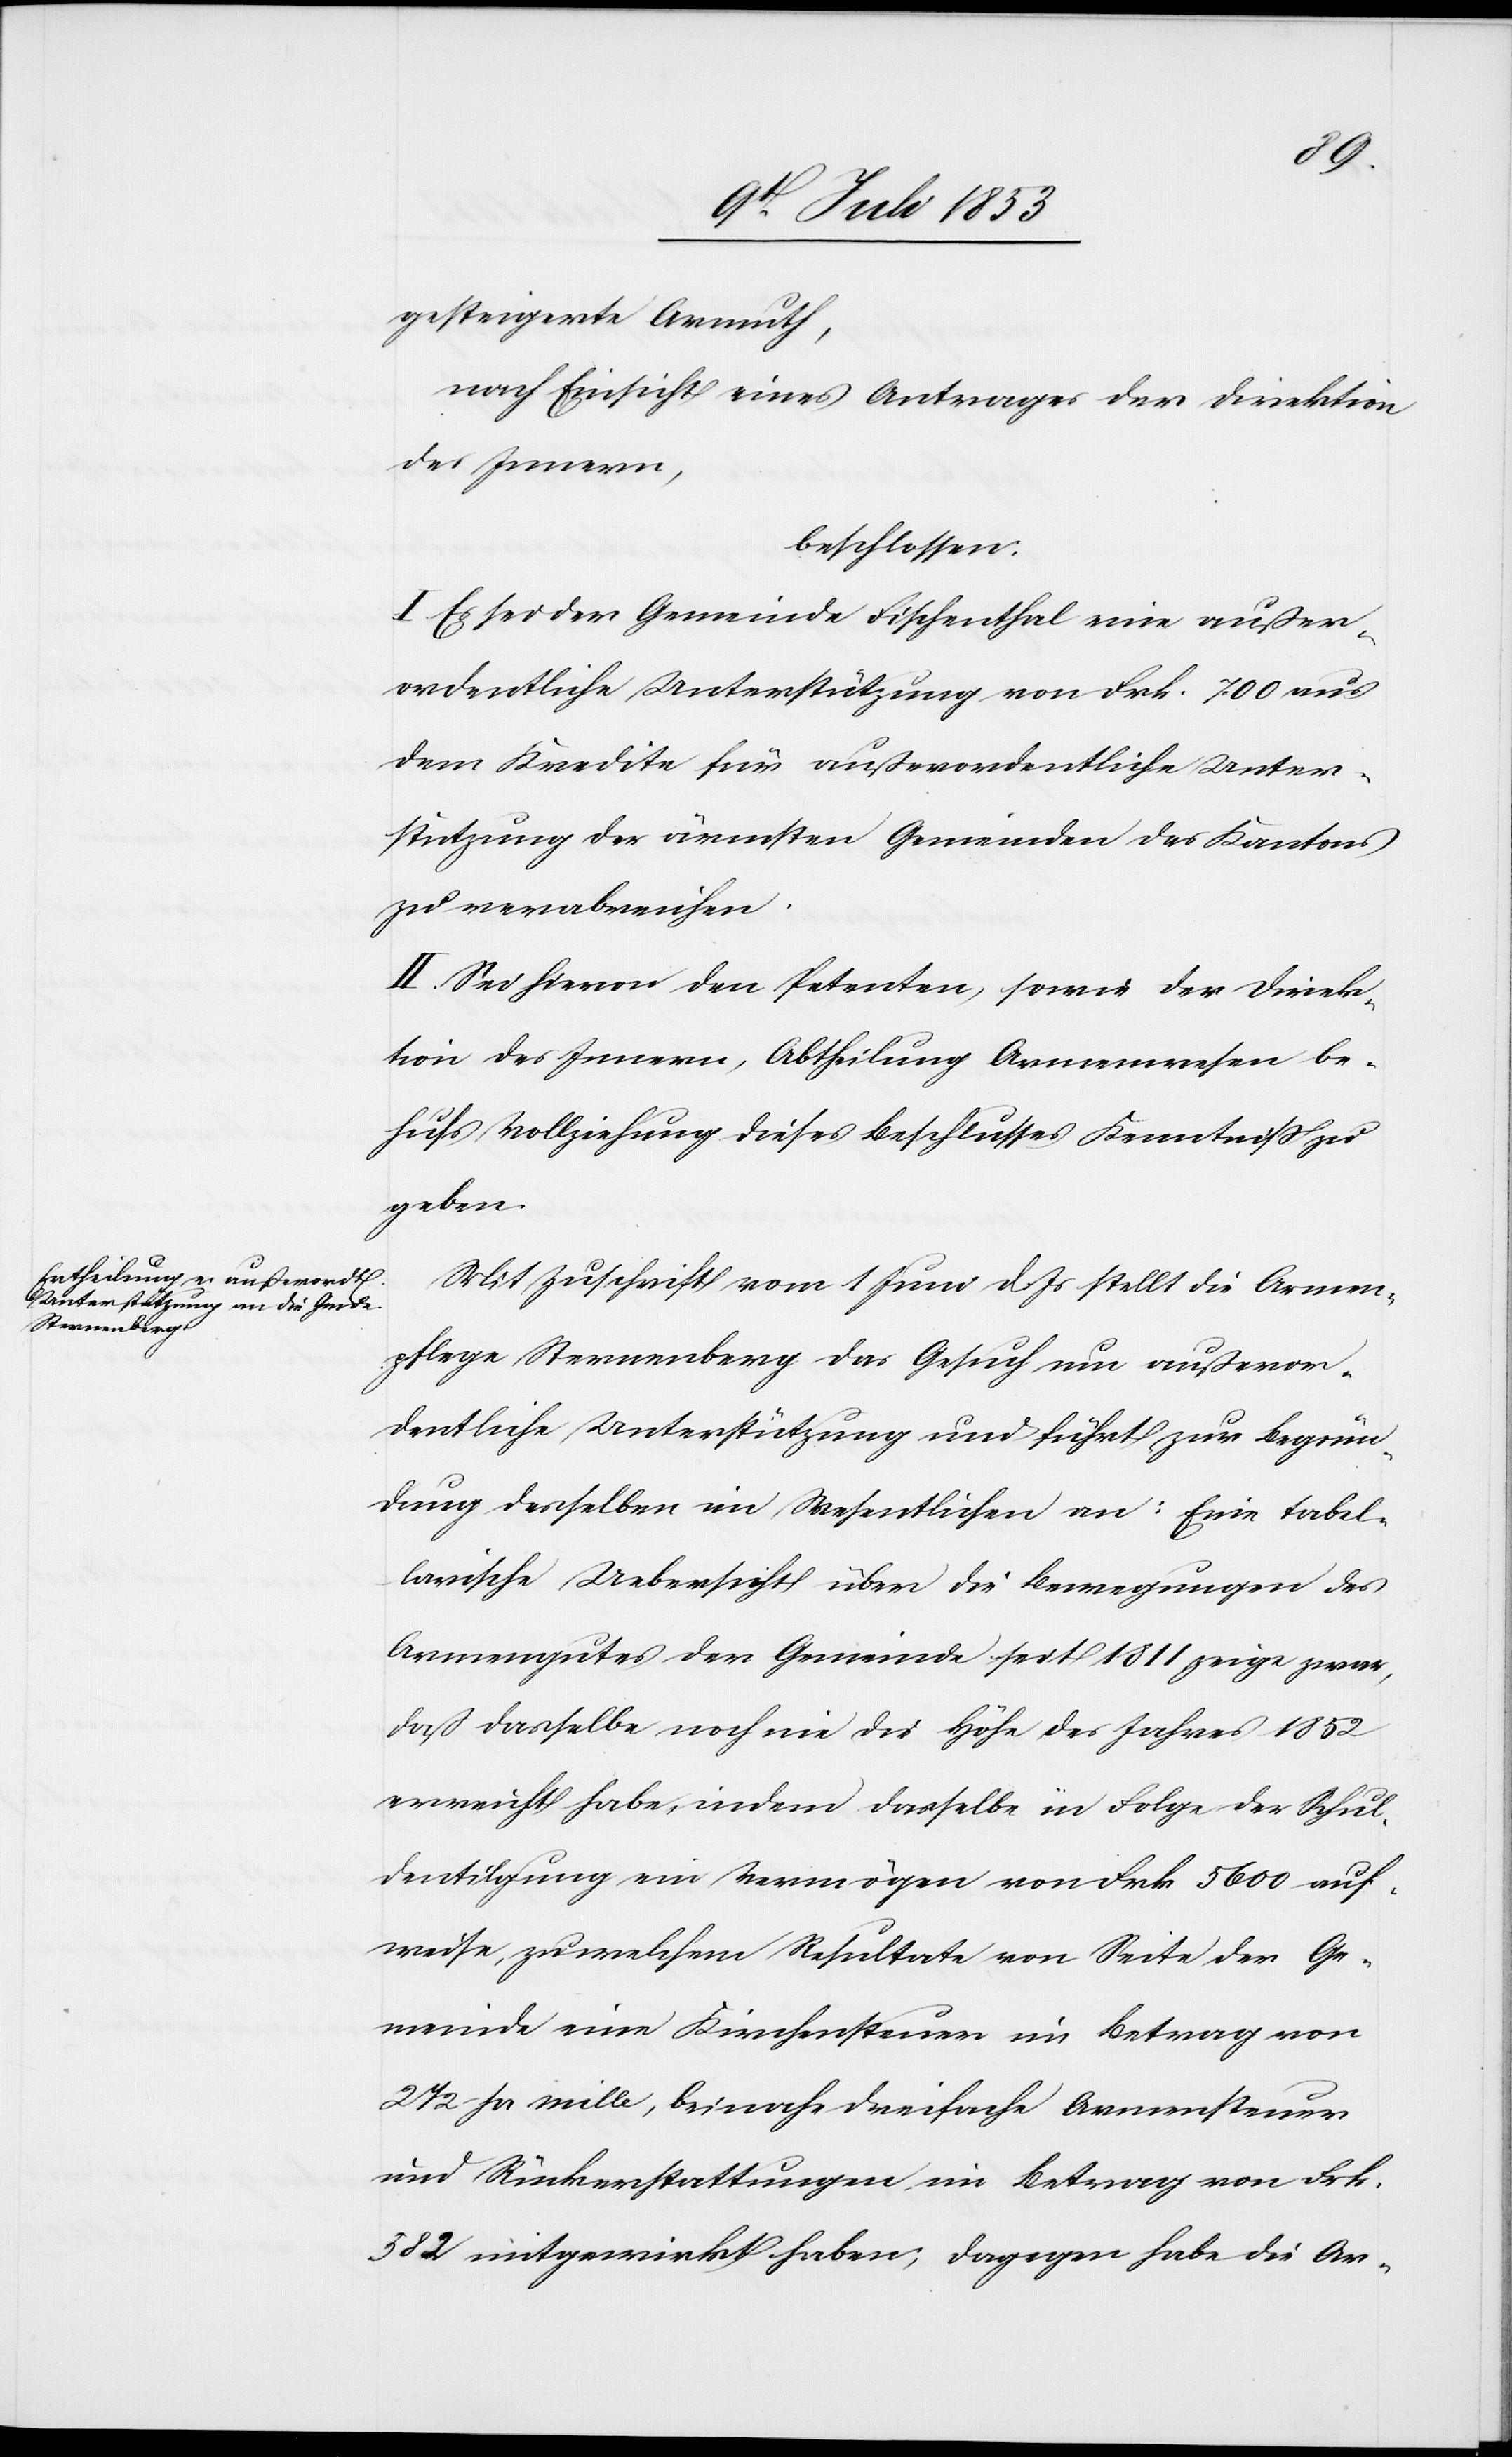
gesteigerte Armuth,
nach Einsicht eines Antrages der Direktion
des Innern,
beschlossen:
I. Es sei der Gemeinde Fischenthal eine außer¬
ordentliche Unterstützung von Frk. 700 aus
dem Kredite für außerordentliche Unter¬
stützung der ärmsten Gemeinden des Kantons
zu verabreichen.
II. Sei hievon den Petenten, sowie der Direk¬
tion des Innern, Abtheilung Armenwesen be¬
hufs Vollziehung dieses Beschlusses Kenntniß zu
geben.
Mit Zuschrift vom 1 Juni d. Js. stellt die Armen¬
pflege Sternenberg das Gesuch um außeror¬
dentliche Unterstützung und führt zur Begrün¬
dung derselben im Wesentlichen an: Eine tabel¬
larische Uebersicht über die Bewegungen des
Armengutes der Gemeinde seit 1811 zeige zwar,
daß dasselbe noch nie die Höhe des Jahres 1852
erreicht habe, indem dasselbe in Folge der Schul¬
dentilgung ein Vermögen von Frk. 5600 auf¬
weise, zu welchem Resultate von Seite der Ge¬
meinde eine Kirchensteuer im Betrag von
2 1/2 pr mille, beinahe dreifache Armensteuer
und Rückerstattungen im Betrag von Frk.
382 mitgewirkt haben, dagegen habe die Ar-